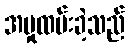
အမှုထမ်းခဲ့သည်